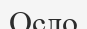
Осло